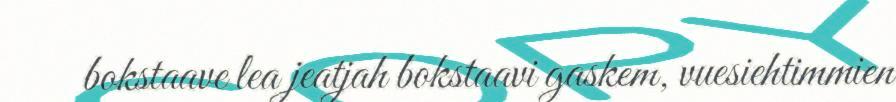
bokstaave lea jeatjah bokstaavi gaskem, vuesiehtimmien